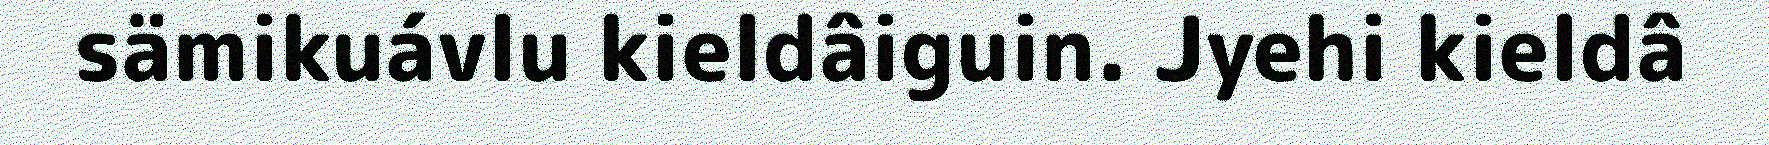
sämikuávlu kieldâiguin. Jyehi kieldâ